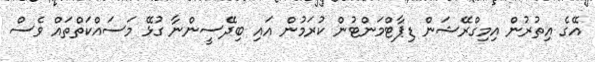
އޭގެ އިތުރުން އިމިގްރޭޝަން ޑިޕާޓްމަންޓުން ކުރަމުން އައި ބިދޭސީންނާ ގުޅޭ މަސައްކަތްތައް ވެސް